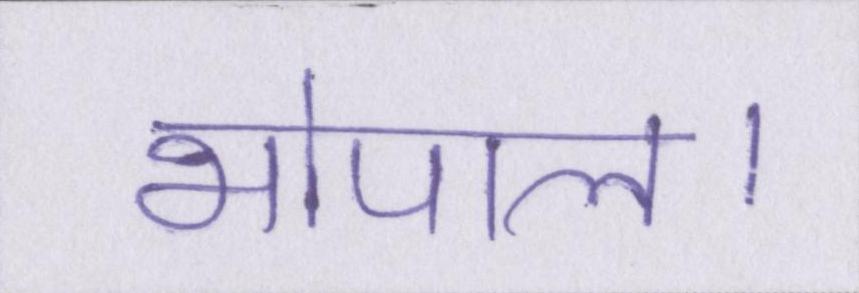
भोपाल।